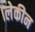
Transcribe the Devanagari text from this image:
।लेकीन